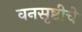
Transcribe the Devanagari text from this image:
वनसृष्टीचे